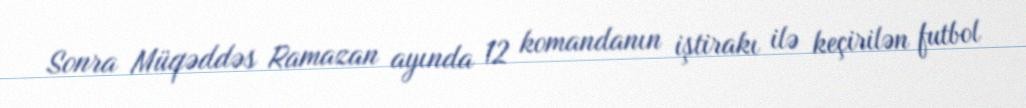
Sonra Müqəddəs Ramazan ayında 12 komandanın iştirakı ilə keçirilən futbol